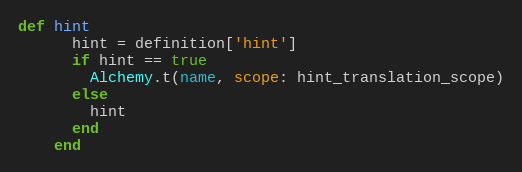
Language: Ruby
def hint
      hint = definition['hint']
      if hint == true
        Alchemy.t(name, scope: hint_translation_scope)
      else
        hint
      end
    end